Civil Veterinary Dept. Assam report 1927-50 - 1927-1950
Year: 1927
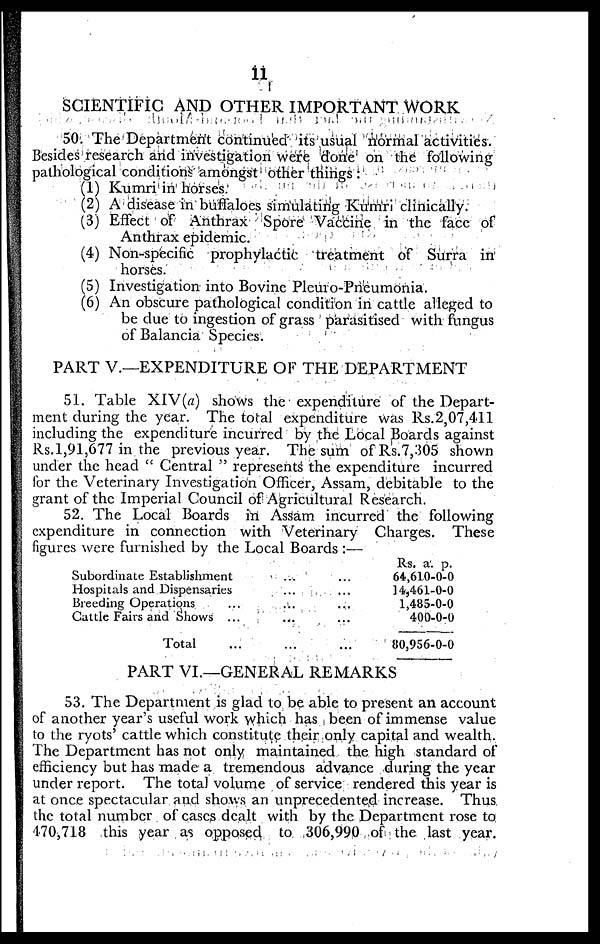
11
SCIENTIFIC AND OTHER IMPORTANT WORK
50. The Department continued its usual normal activities.
Besides research and investigation were done on the following
pathological conditions amongst other things :
(1) Kumri in horses.
(2) A disease in buffaloes simulating Kumri clinically.
(3) Effect of Anthrax Spore Vaccine in the face of
Anthrax epidemic.
(4) Non-specific prophylactic treatment of Surra in
horses.
(5) Investigation into Bovine Pleuro-Pneumonia.
(6) An obscure pathological condition in cattle alleged to
be due to ingestion of grass parasitised with fungus
of Balancia Species.
PART V.—EXPENDITURE OF THE DEPARTMENT
51. Table XIV(a) shows the expenditure of the Depart-
ment during the year. The total expenditure was Rs.2,07,411
including the expenditure incurred by the Local Boards against
Rs. 1,91,677 in the previous year. The sum of Rs.7,305 shown
under the head " Central " represents the expenditure incurred
for the Veterinary Investigation Officer, Assam, debitable to the
grant of the Imperial Council of Agricultural Research.
52. The Local Boards in Assam incurred the following
expenditure in connection with Veterinary Charges. These
figures were furnished by the Local Boards :—
Subordinate Establishment ... ...
Hospitals and Dispensaries ... ...
Breeding Operations ... ... ...
Cattle Fairs and Shows ... ... ...
Total ... ... ...
Rs.
64,610-
14,461-
1,485-
400-
80,956-
a.
0
0
0
0
0
p.
-0
-0
-0
-0
-0
PART VI.—GENERAL REMARKS
53. The Department is glad to be able to present an account
of another year's useful work which has been of immense value
to the ryots' cattle which constitute their only capital and wealth.
The Department has not only maintained the high standard of
efficiency but has made a tremendous advance during the year
under report. The total volume of service rendered this year is
at once spectacular and shows an unprecedented increase. Thus
the total number of cases dealt with by the Department rose to
170,718 this year as opposed to 306,990 of the last year.